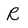
Character: R